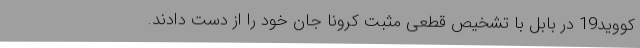
کووید19 در بابل با تشخیص قطعی مثبت کرونا جان خود را از دست دادند.